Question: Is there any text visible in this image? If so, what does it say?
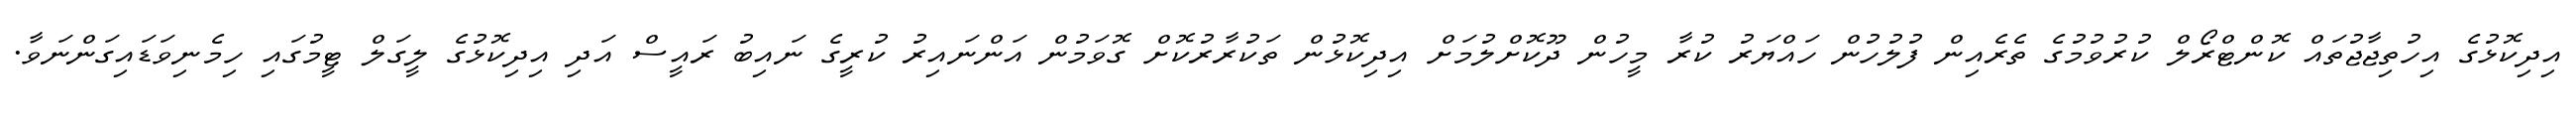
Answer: އިދިކޮޅުގެ އިހުތިޖާޖުތައް ކޮންޓްރޯލް ކުރުވުމުގެ ތެރެއިން ފުލުހުން ހައްޔަރު ކުރާ މީހުން ދޫކޮށްލުމަށް އިދިކޮޅުން ތަކުރާރުކޮށް ގޮވަމުން އަންނައިރު ކުރީގެ ނައިބު ރައީސް އަދި އިދިކޮޅުގެ ލީގަލް ޓީމުގައި ހިމެނިވަޑައިގަންނަވާ.